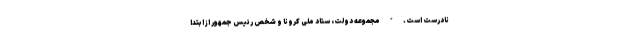
نادرست است. * مجموعه دولت، ستاد ملی کرونا و شخص رئیس جمهور از ابتدا